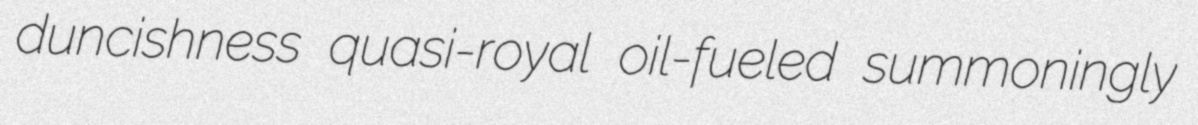
duncishness quasi-royal oil-fueled summoningly